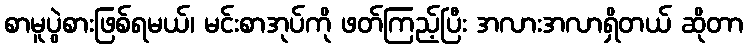
စာမူပွဲစားဖြစ်ရမယ်၊ မင်းစာအုပ်ကို ဖတ်ကြည့်ပြီး အလားအလာရှိတယ် ဆိုတာ